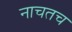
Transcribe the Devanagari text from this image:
नाचतच